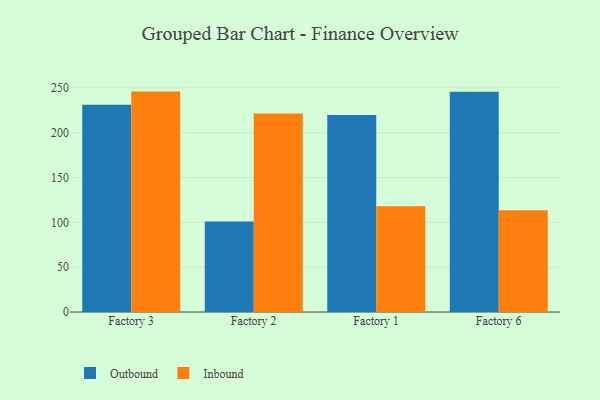
{"axis": {"x": "Factory", "y": "LTV (USD)"}, "legend": ["Inbound", "Outbound"], "data": [{"x": "Factory 3", "y": 231.0, "type": "Outbound"}, {"x": "Factory 3", "y": 245.8, "type": "Inbound"}, {"x": "Factory 2", "y": 101.0, "type": "Outbound"}, {"x": "Factory 2", "y": 221.4, "type": "Inbound"}, {"x": "Factory 1", "y": 219.8, "type": "Outbound"}, {"x": "Factory 1", "y": 117.9, "type": "Inbound"}, {"x": "Factory 6", "y": 245.7, "type": "Outbound"}, {"x": "Factory 6", "y": 113.6, "type": "Inbound"}]}